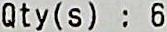
QTY(S) : 6